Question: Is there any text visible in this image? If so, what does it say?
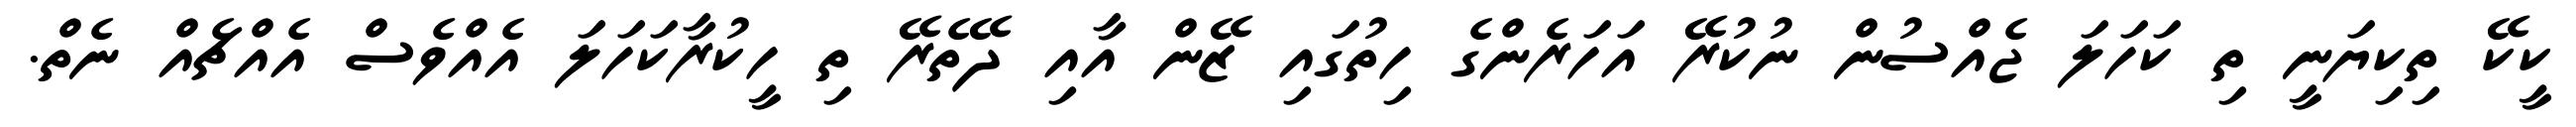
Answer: ކީކޭ ތިކިޔަނީ ތި ކަހަލަ ޖެއްސުން ނުކުރޭ އަހަރެންގެ ހިތުގައި ޒޭން އާއި ދޭތެރޭ ތި ހީކުރާކަހަލަ އެއްވެސް އެއްޗެއް ނެތް.